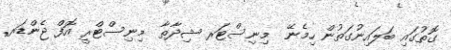
ގޮތުގައި ބަލައިނުގަތުން ހިމެނޭ  މިނިސްޓަރ ޝިދާތާ  މިނިސްޓްރީ އޮފް ޖެންޑަރ